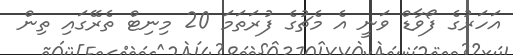
އަހަރުގެ ފޯވާޑް ވަނީ އެ މެޗުގެ ފުރަތަމަ 20 މިނިޓް ތެރޭގައި ތިން